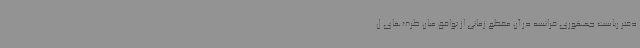
دفتر ریاست جمهوری فرانسه در آن مقطع زمانی از توافق میان طرف‌های ل